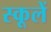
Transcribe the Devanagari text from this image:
स्कूलें